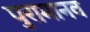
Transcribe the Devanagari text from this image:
पुरामानव